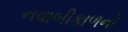
નવાબીકાળનો